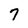
Character: 7